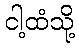
ငါ့ထံသို့